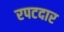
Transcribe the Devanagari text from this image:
रपटदार